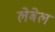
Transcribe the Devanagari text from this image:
लेबेल